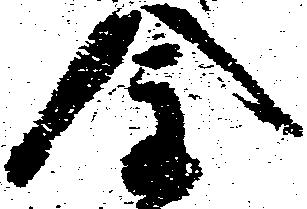
金